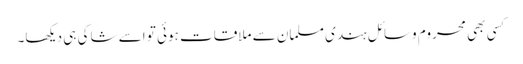
کسی بھی محروم وسائل ہندی مسلمان سے ملاقات ہوئی تو اسے شاکی ہی دیکھا۔